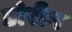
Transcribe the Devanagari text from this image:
डोरीन